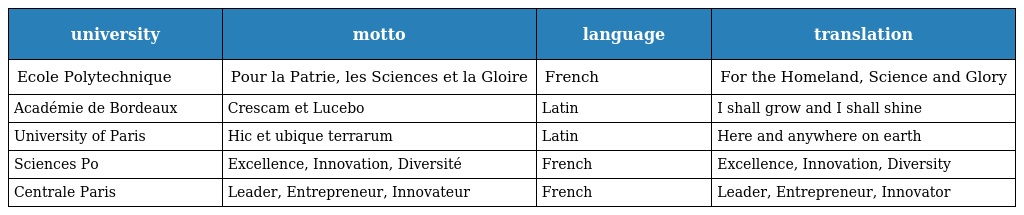
| university | motto | language | translation |
 | --- | --- | --- | --- |
 | Ecole Polytechnique | Pour la Patrie, les Sciences et la Gloire | French | For the Homeland, Science and Glory |
 | Académie de Bordeaux | Crescam et Lucebo | Latin | I shall grow and I shall shine |
 | University of Paris | Hic et ubique terrarum | Latin | Here and anywhere on earth |
 | Sciences Po | Excellence, Innovation, Diversité | French | Excellence, Innovation, Diversity |
 | Centrale Paris | Leader, Entrepreneur, Innovateur | French | Leader, Entrepreneur, Innovator |